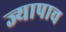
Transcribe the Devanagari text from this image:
ज्यापाच